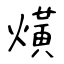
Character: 熿